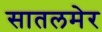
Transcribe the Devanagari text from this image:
सातलमेर